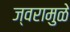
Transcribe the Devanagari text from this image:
ज्वरामुळे